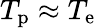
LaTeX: T_{\mathrm{p}}\approx T_{\mathrm{e}}